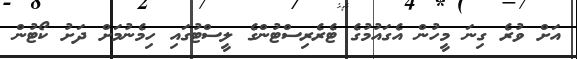
އަށް ވުރެ ގިނަ މީހުން އެގައުމުގެ ޓެރެރިސްޓުންގެ ލީސްޓުގައި ހިމެނުމަށް ދަށު ކޯޓުން